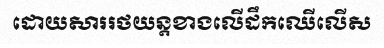
ដោយសាររថយន្តខាងលើដឹកឈើលើស